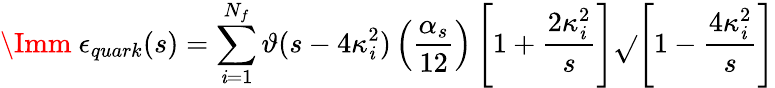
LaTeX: \Imm\ \epsilon_{quark}(s)=\sum_{\mathit{i}=1}^{N_{f}}\vartheta(s-4\kappa_{\mathit{i}}^{2})\left(\frac{{\alpha_{s}}}{{12}}\right)\left[1+\frac{{2\kappa_{\mathit{i}}^{2}}}{{s}}\right]\sqrt{}{{\left[1-\frac{{4\kappa_{\mathit{i}}^{2}}}{{s}}\right]}}